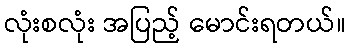
လုံးစလုံး အပြည့် မောင်းရတယ်။